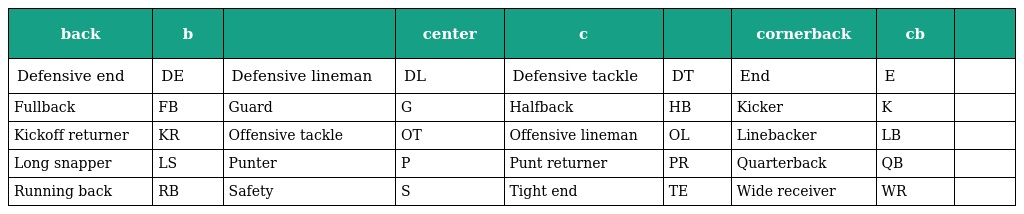
| back | b |  | center | c |  | cornerback | cb |  |
 | --- | --- | --- | --- | --- | --- | --- | --- | --- |
 | Defensive end | DE | Defensive lineman | DL | Defensive tackle | DT | End | E |  |
 | Fullback | FB | Guard | G | Halfback | HB | Kicker | K |  |
 | Kickoff returner | KR | Offensive tackle | OT | Offensive lineman | OL | Linebacker | LB |  |
 | Long snapper | LS | Punter | P | Punt returner | PR | Quarterback | QB |  |
 | Running back | RB | Safety | S | Tight end | TE | Wide receiver | WR |  |